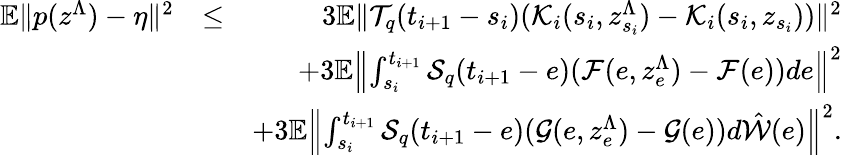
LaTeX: \begin{array}{rlr}{\mathbb{E}\| p(z^{\Lambda})-\eta\| ^{2}}&{\leq}&{3\mathbb{E}\| {\cal T}_{q}(t_{i+1}-s_{i})({\cal K}_{i}(s_{i},z_{s_{i}}^{\Lambda})-{\cal K}_{i}(s_{i},z_{s_{i}}))\| ^{2}}\\ &{}&{+3\mathbb{E}\left\| \int_{s_{i}}^{t_{i+1}}{\cal S}_{q}(t_{i+1}-e)({\cal F}(e,z_{e}^{\Lambda})-{\cal F}(e))de\right\| ^{2}}\\ &{}&{+3\mathbb{E}\left\| \int_{s_{i}}^{t_{i+1}}{\cal S}_{q}(t_{i+1}-e)({\cal G}(e,z_{e}^{\Lambda})-{\cal G}(e))d\hat{\cal W}(e)\right\| ^{2}.}\end{array}